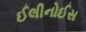
ઈલીનોઈસ